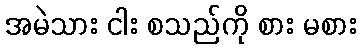
အမဲသား ငါး စသည်ကို စား မစား